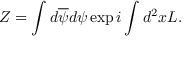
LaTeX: Z = \int d \overline { { { \psi } } } d \psi \exp i \int d ^ { 2 } x { \cal L } .